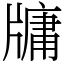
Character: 牗